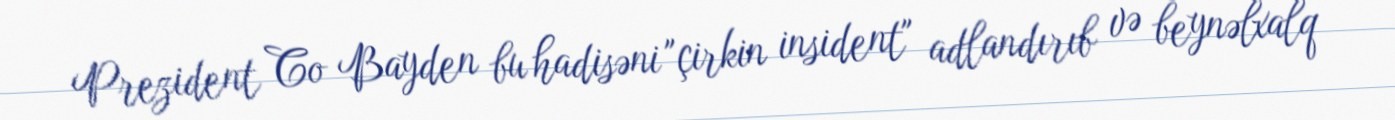
Prezident Co Bayden bu hadisəni "çirkin insident" adlandırıb və beynəlxalq